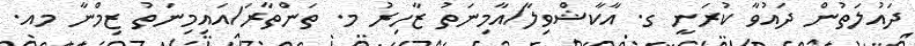
ދައުލަތުން ދައުވާ ކުރަނީ ގ. އާކާޝްވިލާ/އާމިނަތު ޒާހިރު މ. ތަންތާރަ/އައިމިނަތު ޒިމްނާ މއ.